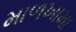
માળખામા